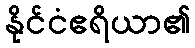
နိုင်ငံဧရိယာ၏